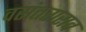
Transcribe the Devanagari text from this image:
वसंतराराव